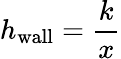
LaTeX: h_{\mathrm{{wall}}}={\frac{k}{x}}